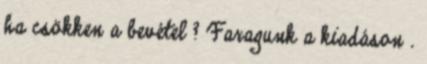
ha csökken a bevétel ? Faragunk a kiadáson .